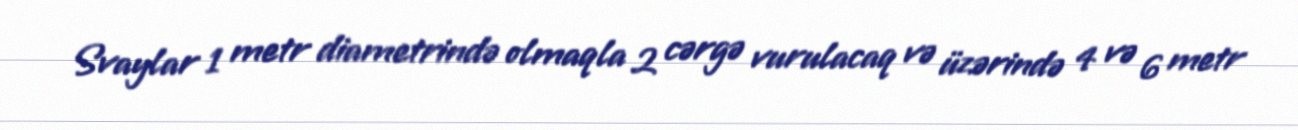
Svaylar 1 metr diametrində olmaqla 2 cərgə vurulacaq və üzərində 4 və 6 metr